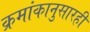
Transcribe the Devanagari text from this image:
क्रमांकानुसारही